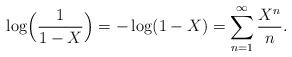
LaTeX: \begin{align*}\log\Bigl(\frac{1}{1-X}\Bigr)=-\log(1-X)=\sum_{n=1}^\infty\frac{X^n}{n}.\end{align*}